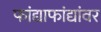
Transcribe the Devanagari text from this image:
फांद्याफांद्यांवर